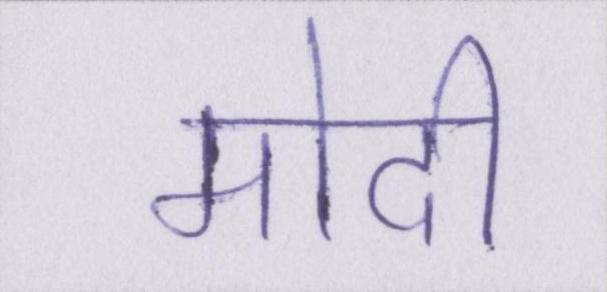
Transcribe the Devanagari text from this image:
मोदी